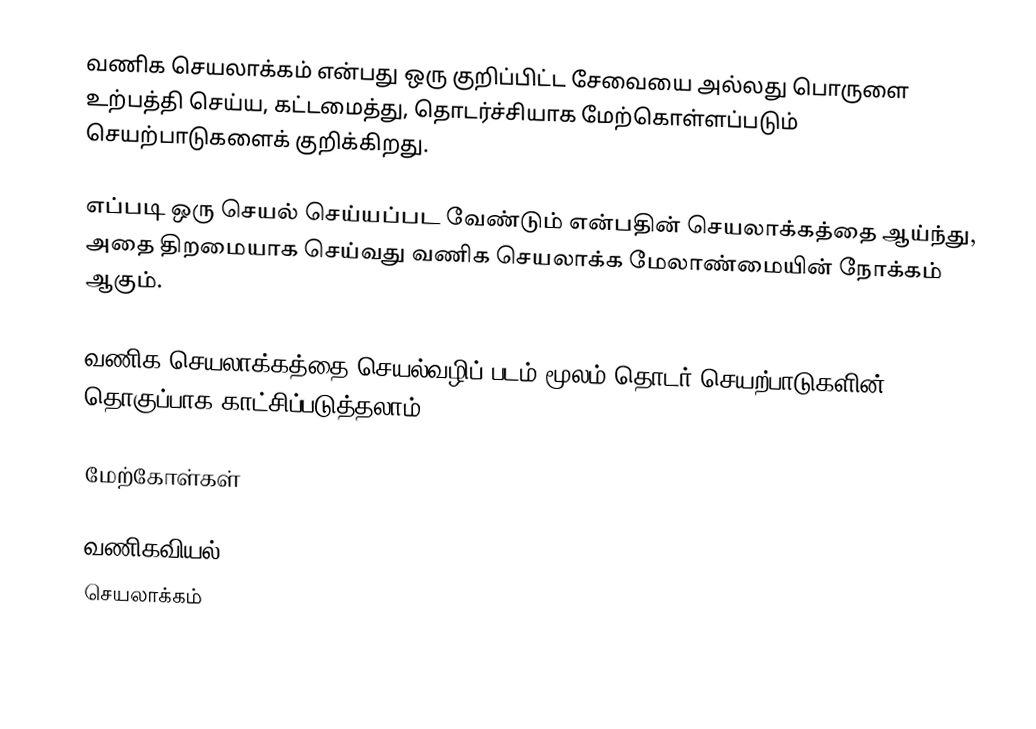
வணிக செயலாக்கம் என்பது ஒரு குறிப்பிட்ட சேவையை அல்லது பொருளை உற்பத்தி செய்ய, கட்டமைத்து, தொடர்ச்சியாக மேற்கொள்ளப்படும் செயற்பாடுகளைக் குறிக்கிறது.

எப்படி ஒரு செயல் செய்யப்பட வேண்டும் என்பதின் செயலாக்கத்தை ஆய்ந்து, அதை திறமையாக செய்வது வணிக செயலாக்க மேலாண்மையின் நோக்கம் ஆகும்.

வணிக செயலாக்கத்தை செயல்வழிப் படம் மூலம் தொடர் செயற்பாடுகளின் தொகுப்பாக காட்சிப்படுத்தலாம்.

மேற்கோள்கள்

வணிகவியல்
செயலாக்கம்